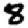
Digit: 8